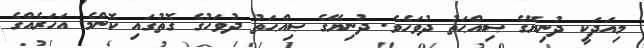
މިއަދަކީ ދުނިޔޭގެ ޞިއްޙަތު ދުވަހެވެ. ދުނިޔޭގެ ޞިއްޙަތު ދުވަހުގެ ގޮތުގައި ކޮންމެ އަހަރެއްގެ